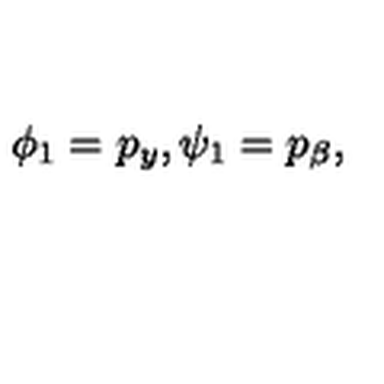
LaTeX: \phi _ { 1 } = p _ { y } , \psi _ { 1 } = p _ { \beta } ,